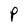
Character: P